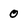
Character: 0